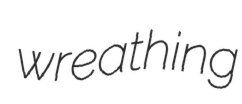
wreathing